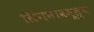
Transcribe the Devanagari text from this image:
लिंगभावमूल्य